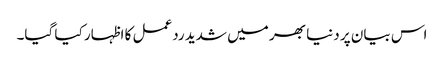
اس بیان پر دنیا بھر میں شدید ردعمل کا اظہار کیا گیا۔